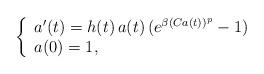
LaTeX: \begin{align*}\left\{\begin{array}{ll} a^{\prime}(t) = h(t) \, a(t) \, (e^{\beta(Ca(t))^p} - 1)\\ a(0) = 1,\end{array}\right.\end{align*}